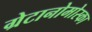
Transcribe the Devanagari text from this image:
ग्रेटानोमोस्का